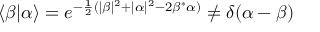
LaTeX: \langle \beta | \alpha \rangle = e ^ { - { \frac { 1 } { 2 } } ( | \beta | ^ { 2 } + | \alpha | ^ { 2 } - 2 \beta ^ { * } \alpha ) } \neq \delta ( \alpha - \beta )